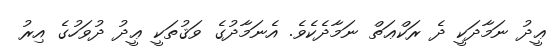
ޢީދު ނަމާދަކީ ދެ ރަކްޢަތް ނަމާދެކެވެ. އެނަމާދުގެ ވަޤުތަކީ ޢީދު ދުވަހުގެ އިރު